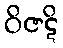
ဝိဇဋိ